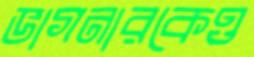
ভাগনারকেও